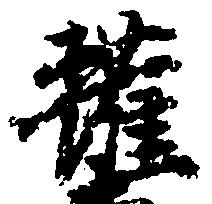
権